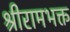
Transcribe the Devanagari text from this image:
श्रीरामभक्त